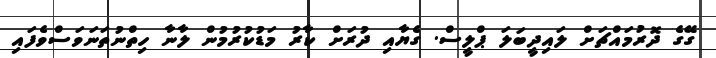
ގޭގެ ދޮރުމައްޗަށް ލައިދީބަލަ ޕްލީސް. ގެޔާއި ދުރަށް ކާރު މަޑުކުރުމުން ލާނާ ހިތްނުތަނަވަސްވެފައި